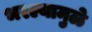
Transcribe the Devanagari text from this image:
भरल्यामुळे